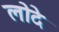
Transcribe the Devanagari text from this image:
लोदे